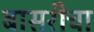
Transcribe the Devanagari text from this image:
बासरीचा